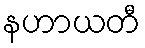
နဟာယတီ